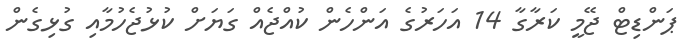
ޕަންޑިޓް ޖޭމީ ކަރާގާ 14 އަހަރުގެ އަންހެން ކުއްޖެއް ގަޔަށް ކުޅުޖެހުމާއި ގުޅިގެން